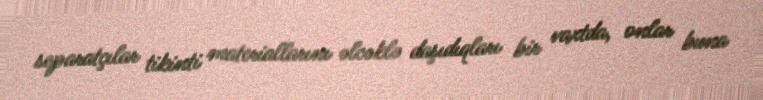
separatçılar tikinti materiallarını əlcəklə daşıdıqları bir vaxtda, onlar buna